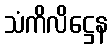
သံကိလိဋ္ဌေန